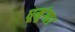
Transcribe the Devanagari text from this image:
घूमूंगा।